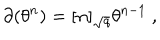
LaTeX: \partial ( \theta ^ { n } ) = [ n ] _ { \sqrt { q } } \theta ^ { n - 1 } \ ,